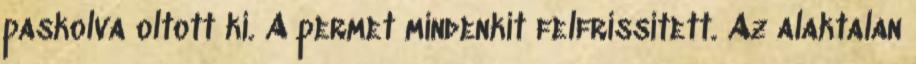
paskolva oltott ki. A permet mindenkit felfrissített. Az alaktalan